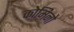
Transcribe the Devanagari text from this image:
कोमिनो